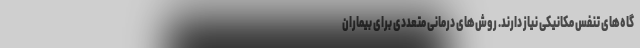
گاه‌های تنفس مکانیکی نیاز دارند. روش‌های درمانی متعددی برای بیماران